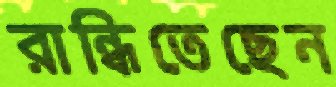
রান্ধিতেছেন